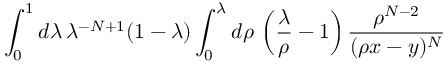
\int _ { 0 } ^ { 1 } d \lambda \, \lambda ^ { - N + 1 } ( 1 - \lambda ) \int _ { 0 } ^ { \lambda } d \rho \, \left( \frac { \lambda } { \rho } - 1 \right) \frac { \rho ^ { N - 2 } } { ( \rho x - y ) ^ { N } }